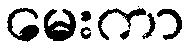
မေးကာ